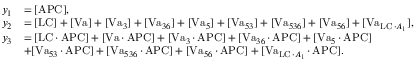
\begin{array} { r l } { y _ { 1 } } & { = [ \operatorname { A P C } ] , } \\ { y _ { 2 } } & { = [ \operatorname { L C } ] + [ \operatorname { V a } ] + [ \operatorname { V a } _ { 3 } ] + [ \operatorname { V a } _ { 3 6 } ] + [ \operatorname { V a } _ { 5 } ] + [ \operatorname { V a } _ { 5 3 } ] + [ \operatorname { V a } _ { 5 3 6 } ] + [ \operatorname { V a } _ { 5 6 } ] + [ \operatorname { V a } _ { \operatorname { L C } \cdot A _ { 1 } } ] , } \\ { y _ { 3 } } & { = [ \operatorname { L C } \cdot \operatorname { A P C } ] + [ \operatorname { V a } \cdot \operatorname { A P C } ] + [ \operatorname { V a } _ { 3 } \cdot \operatorname { A P C } ] + [ \operatorname { V a } _ { 3 6 } \cdot \operatorname { A P C } ] + [ \operatorname { V a } _ { 5 } \cdot \operatorname { A P C } ] } \\ & { + [ \operatorname { V a } _ { 5 3 } \cdot \operatorname { A P C } ] + [ \operatorname { V a } _ { 5 3 6 } \cdot \operatorname { A P C } ] + [ \operatorname { V a } _ { 5 6 } \cdot \operatorname { A P C } ] + [ \operatorname { V a } _ { \operatorname { L C } \cdot A _ { 1 } } \cdot \operatorname { A P C } ] . } \end{array}